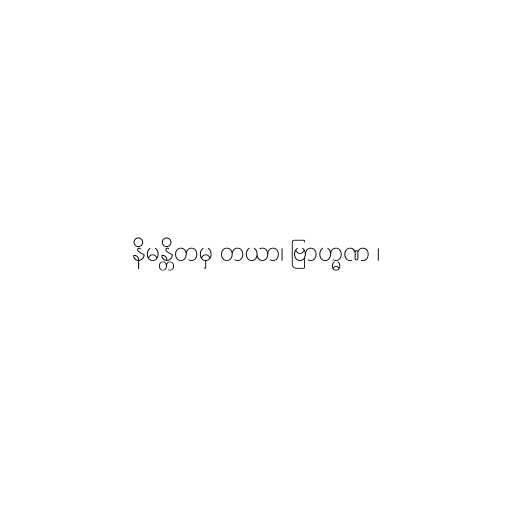
နိမန္တိတမှ တယာ၊ ဗြာဟ္မဏ ၊